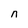
Character: n